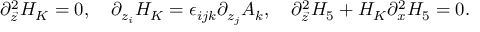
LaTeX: \partial _ { \vec { z } } ^ { 2 } H _ { K } = 0 , \ \ \ \partial _ { z _ { i } } H _ { K } = \epsilon _ { i j k } \partial _ { z _ { j } } A _ { k } , \ \ \ \partial _ { \vec { z } } ^ { 2 } H _ { 5 } + H _ { K } \partial _ { x } ^ { 2 } H _ { 5 } = 0 .